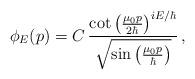
LaTeX: \begin{align*}\phi_{E}(p)=C\, \frac{\cot\left( \frac{\mu_{0}p}{2\hbar}\right)^{iE/\hbar}}{\sqrt{\sin\left(\frac{\mu_{0}p}{\hbar}\right) }} \,,\end{align*}